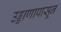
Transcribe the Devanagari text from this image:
उड्डाणापासून